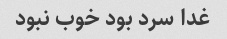
غدا سرد بود خوب نبود